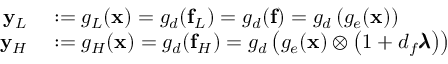
\begin{array} { r l } { \mathbf { y } _ { L } } & { { } : = g _ { L } ( \mathbf { x } ) = g _ { d } ( \mathbf { f } _ { L } ) = g _ { d } ( \mathbf { f } ) = g _ { d } \left( g _ { e } ( \mathbf { x } ) \right) } \\ { \mathbf { y } _ { H } } & { { } : = g _ { H } ( \mathbf { x } ) = g _ { d } ( \mathbf { f } _ { H } ) = g _ { d } \left( g _ { e } ( \mathbf { x } ) \otimes \left( 1 + d _ { f } \pmb { \lambda } \right) \right) } \end{array}